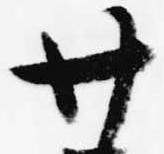
廿